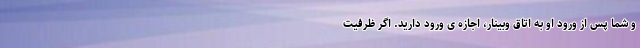
و شما پس از ورود او به اتاق وبینار، اجازه ی ورود دارید. اگر ظرفیت